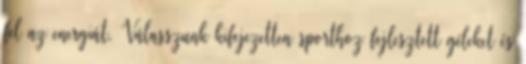
fel az energiát. Válasszunk kifejezetten sporthoz fejlesztett géleket és